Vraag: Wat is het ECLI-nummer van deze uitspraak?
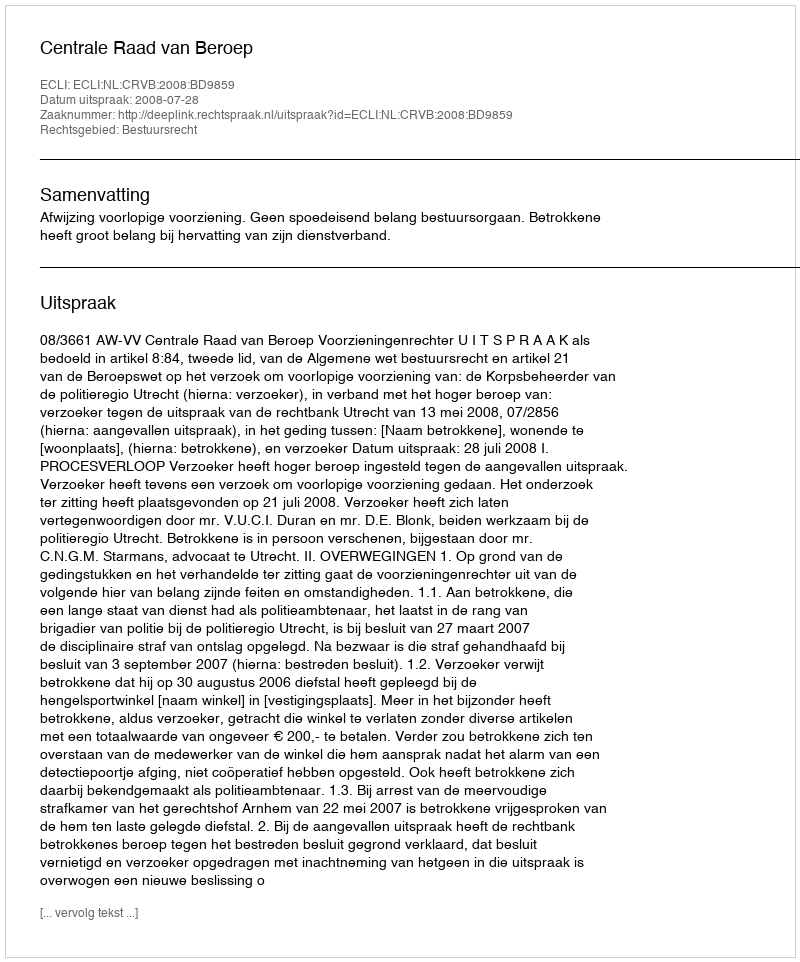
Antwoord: ECLI:NL:CRVB:2008:BD9859